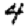
Digit: 4